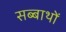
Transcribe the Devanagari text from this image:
सब्बाथों